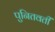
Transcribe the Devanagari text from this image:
पुनितवतीं